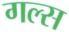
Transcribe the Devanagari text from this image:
गल्स